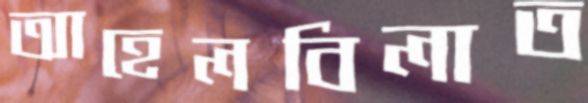
আহেলবিলাত